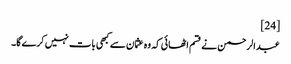
[24]
عبدالرحمن نے قسم اٹھائی کہ وہ عثمان سے کبھی بات نہیں کرے گا۔